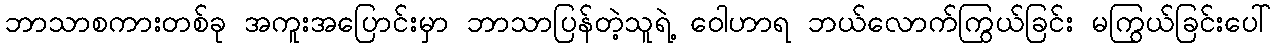
ဘာသာစကားတစ်ခု အကူးအပြောင်းမှာ ဘာသာပြန်တဲ့သူရဲ့ ဝေါဟာရ ဘယ်လောက်ကြွယ်ခြင်း မကြွယ်ခြင်းပေါ်